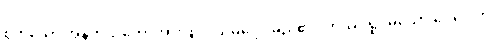
စွတ်သော အနက်သဘောအားဖြင့်။ သမုဒ္ဒေါ၊ မည်၏။ တဿ ရူပမယော ဝေဂေါတိ၊